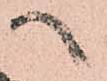
へ